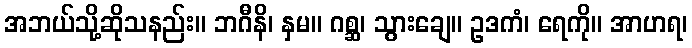
အဘယ်သို့ဆိုသနည်း။ ဘဂီနိ၊ နှမ။ ဂစ္ဆ၊ သွားချေ။ ဥဒကံ၊ ရေကို။ အာဟရ၊